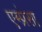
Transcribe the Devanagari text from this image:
एम्प्रेसा